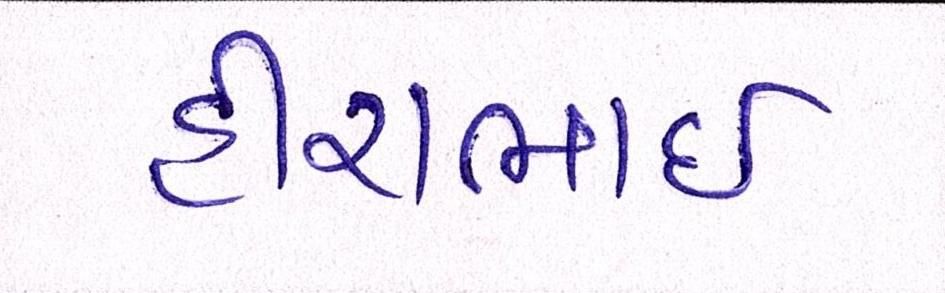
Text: હીરાભાઇ